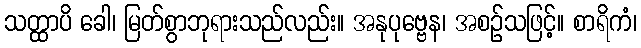
သတ္ထာပိ ခေါ၊ မြတ်စွာဘုရားသည်လည်း။ အနုပုဗ္ဗေန၊ အစဉ်သဖြင့်။ စာရိကံ၊